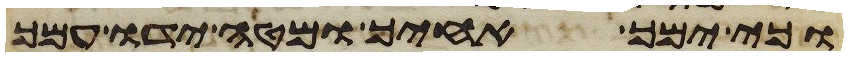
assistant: וכי ימך אחיך ומטה ידו עמך